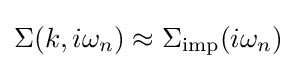
\Sigma (k,i\omega _{n})\approx \Sigma _{\mathrm {imp} }(i\omega _{n})